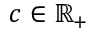
c \in \mathbb { R } _ { + }